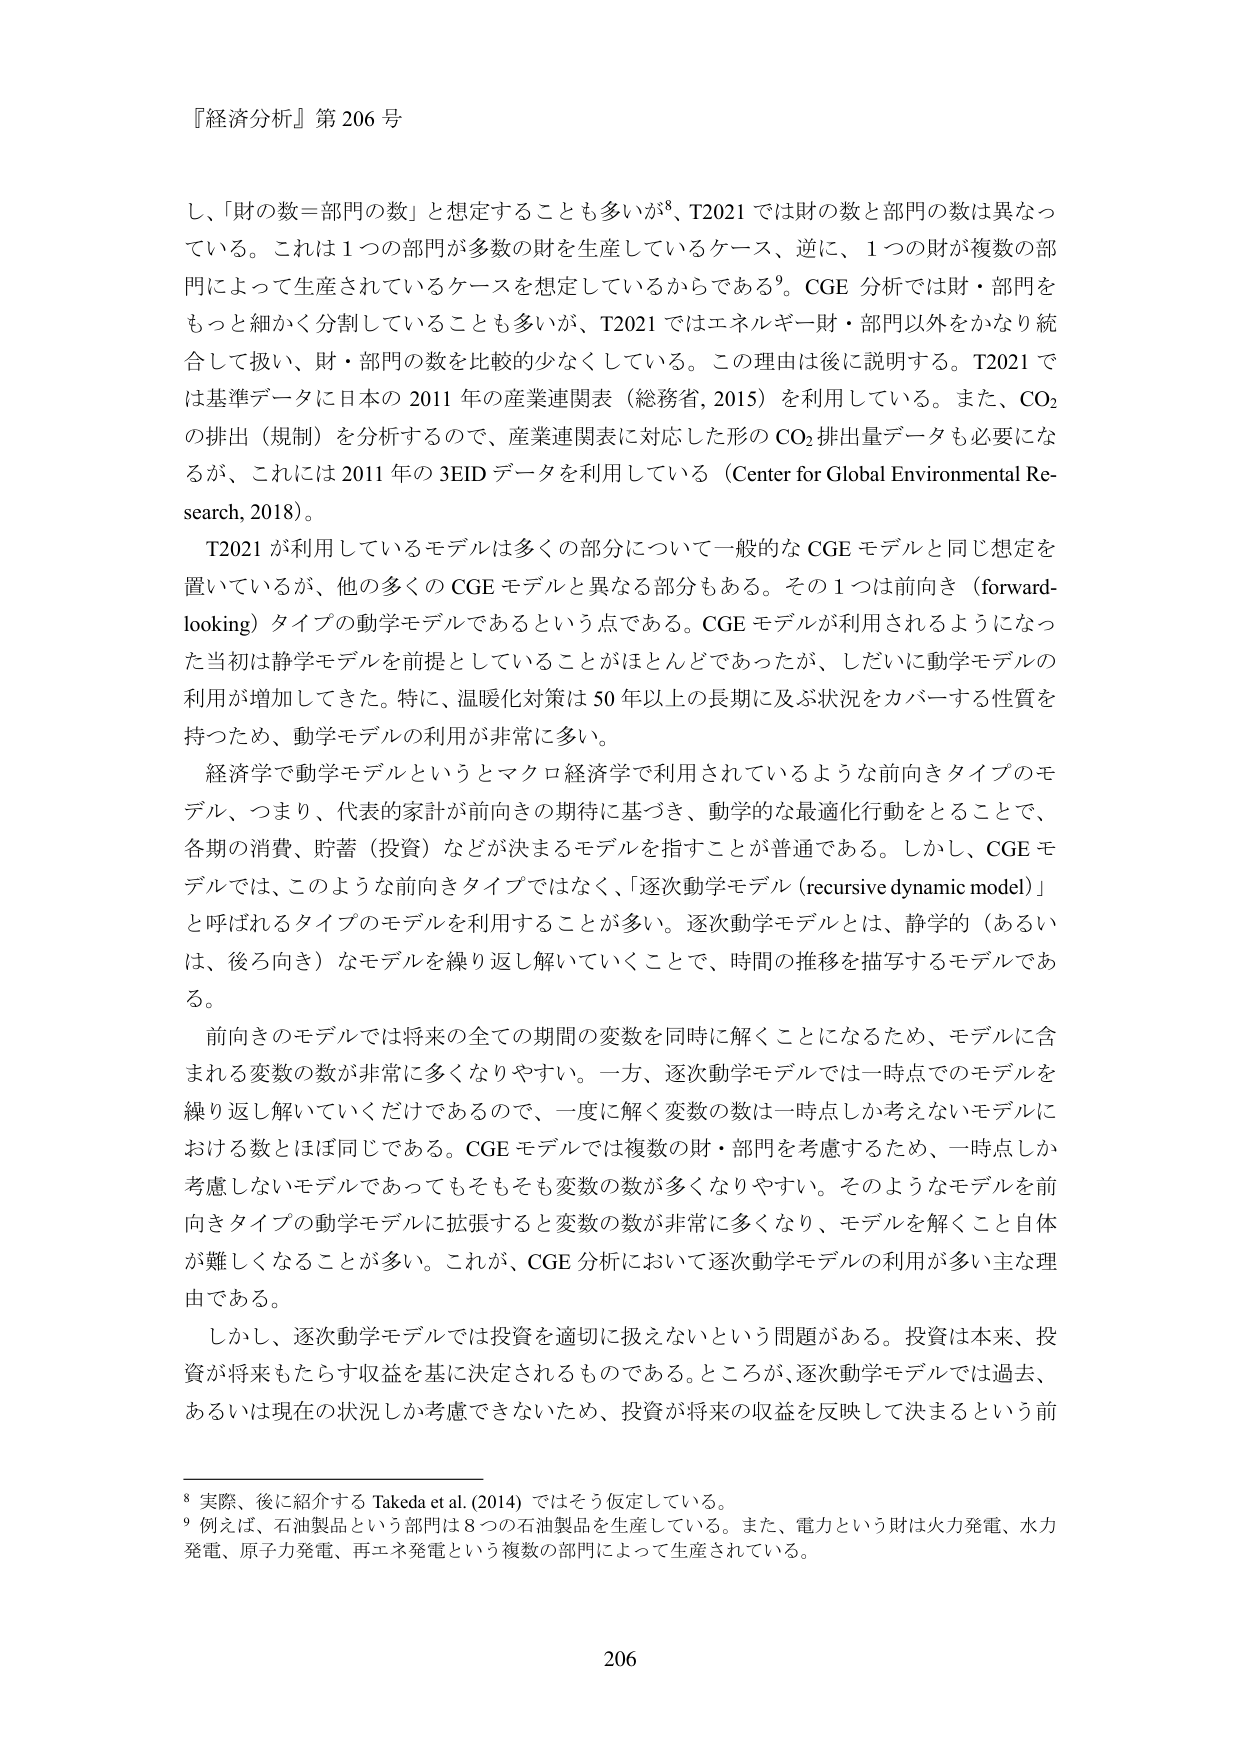
『経済分析』第 206 号

し、「財の数＝部門の数」と想定することも多いが⁸、T2021 では財の数と部門の数は異なっている。これは 1 つの部門が多数の財を生産しているケース、逆に、1 つの財が複数の部門によって生産されているケースを想定しているからである⁹。CGE 分析では財・部門をもっと細かく分割していることも多いが、T2021 ではエネルギー財・部門以外をかなり統合して扱い、財・部門の数を比較的少なくしている。この理由は後に説明する。T2021 では基準データに日本の 2011 年の産業連関表（総務省, 2015）を利用している。また、CO₂ の排出（規制）を分析するので、産業連関表に対応した形の CO₂ 排出量データも必要になるが、これには 2011 年の 3EID データを利用している（Center for Global Environmental Research, 2018）。

T2021 が利用しているモデルは多くの部分について一般的な CGE モデルと同じ想定を置いているが、他の多くの CGE モデルと異なる部分もある。その 1 つは前向き（forward-looking）タイプの動学モデルであるという点である。CGE モデルが利用されるようになった当初は静学モデルを前提としていることがほとんどであったが、しだいに動学モデルの利用が増加してきた。特に、温暖化対策は 50 年以上の長期に及ぶ状況をカバーする性質を持つため、動学モデルの利用が非常に多い。

経済学で動学モデルというとマクロ経済学で利用されているような前向きタイプのモデル、つまり、代表的家計が前向きの期待に基づき、動学的な最適化行動をとることで、各期の消費、貯蓄（投資）などが決まるモデルを指すことが普通である。しかし、CGE モデルでは、このような前向きタイプではなく、「逐次動学モデル（recursive dynamic model）」と呼ばれるタイプのモデルを利用することが多い。逐次動学モデルとは、静学的（あるいは、後ろ向き）なモデルを繰り返し解いていくことで、時間の推移を描写するモデルである。

前向きのモデルでは将来の全ての期間の変数を同時に解くことになるため、モデルに含まれる変数の数が非常に多くなりやすい。一方、逐次動学モデルでは一時点でのモデルを繰り返し解いていくだけであるので、一度に解く変数の数は一時点しか考えないモデルにおける数とほぼ同じである。CGE モデルでは複数の財・部門を考慮するため、一時点しか考慮しないモデルであってもそもそも変数の数が多くなりやすい。そのようなモデルを前向きタイプの動学モデルに拡張すると変数の数が非常に多くなり、モデルを解くこと自体が難しくなることが多い。これが、CGE 分析において逐次動学モデルの利用が多い主な理由である。

しかし、逐次動学モデルでは投資を適切に扱えないという問題がある。投資は本来、投資が将来もたらす収益を基に決定されるものである。ところが、逐次動学モデルでは過去、あるいは現在の状況しか考慮できないため、投資が将来の収益を反映して決まるという前

⁸ 実際、後に紹介する Takeda et al. (2014) ではそう仮定している。
⁹ 例えば、石油製品という部門は 8 つの石油製品を生産している。また、電力という財は火力発電、水力発電、原子力発電、再エネ発電という複数の部門によって生産されている。

206